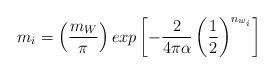
LaTeX: \begin{align*}m_i = \left(\frac{m_W}{\pi}\right)exp\left[-\frac{2}{4\pi\alpha}\left(\frac{1}{2}\right)^{n_{w_i}}\right]\end{align*}